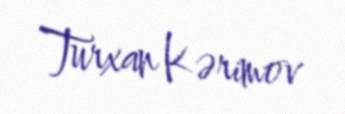
Turxan Kərimov